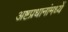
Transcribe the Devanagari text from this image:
अष्टप्रधानांमध्यें